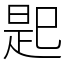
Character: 𢁈